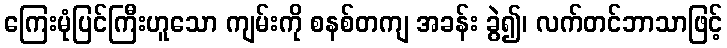
ကြေးမုံပြင်ကြီးဟူသော ကျမ်းကို စနစ်တကျ အခန်း ခွဲ၍၊ လက်တင်ဘာသာဖြင့်